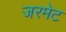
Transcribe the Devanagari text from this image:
जरमेट